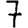
Digit: 7